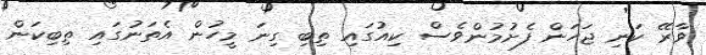
ވާރޭ ކަނި ޖަހަން ފެށުމުންވެސް ކިއުގައި ތިބި ގިނަ މީހުން އެތަނުގައި ތިިބިކަން